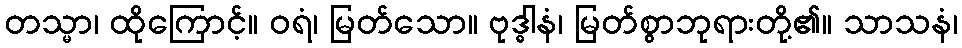
တသ္မာ၊ ထိုကြောင့်။ ဝရံ၊ မြတ်သော။ ဗုဒ္ဓါနံ၊ မြတ်စွာဘုရားတို့၏။ သာသနံ၊